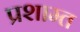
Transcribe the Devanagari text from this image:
प्रशाम्त